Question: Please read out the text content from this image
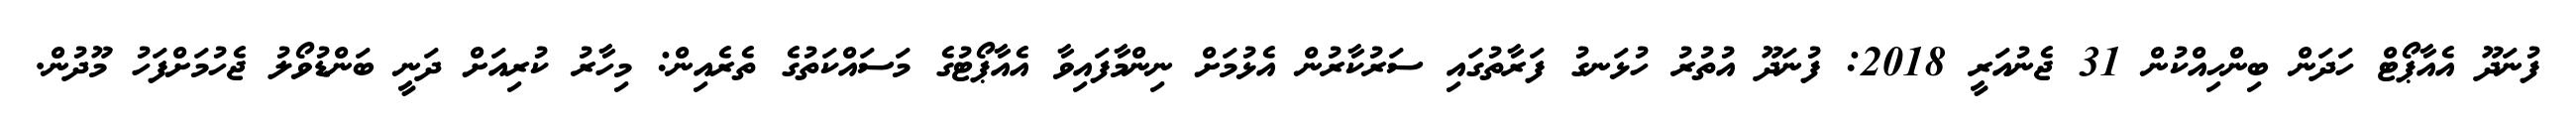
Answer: ފުނަދޫ އެއާޕޯޓް ހަދަން ބިންހިއްކުން 31 ޖެނުއަރީ 2018: ފުނަދޫ އުތުރު ހުޅަނގު ފަރާތުގައި ސަރުކާރުން އެޅުމަށް ނިންމާފައިވާ އެއާޕޯޓުގެ މަސައްކަތުގެ ތެރެއިން: މިހާރު ކުރިއަށް ދަނީ ބަންޑުވޯލު ޖެހުމަށްފަހު މޫދުން.